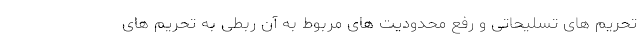
تحریم های تسلیحاتی و رفع محدودیت های مربوط به آن ربطی به تحریم های